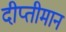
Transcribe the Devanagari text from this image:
दीप्तीमान